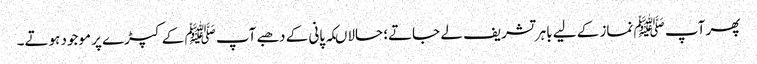
پھر آپ ﷺ نماز کے لیے باہر تشریف لے جاتے؛ حالاںکہ پانی کے دھبے آپ ﷺ کے کپڑے پر موجود ہوتے۔